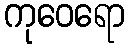
ကုဝေရော